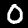
Digit: 0